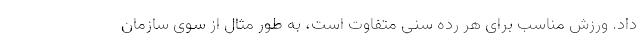
داد. ورزش مناسب برای هر رده سنی متفاوت است، به طور مثال از سوی سازمان